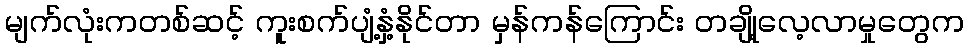
မျက်လုံးကတစ်ဆင့် ကူးစက်ပျံ့နှံ့နိုင်တာ မှန်ကန်ကြောင်း တချို့လေ့လာမှုတွေက